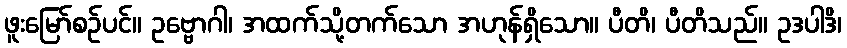
ဖူးမြော်စဉ်ပင်။ ဥဗ္ဗောဂါ၊ အထက်သို့တက်သော အဟုန်ရှိသော။ ပီတိ၊ ပီတိသည်။ ဥဒပါဒိ၊